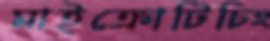
মাইক্রোটিচিং